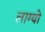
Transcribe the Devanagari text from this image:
लाग्यो